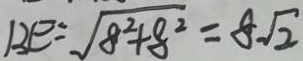
B E = \sqrt { 8 ^ { 2 } + 8 ^ { 2 } } = 8 \sqrt { 2 }